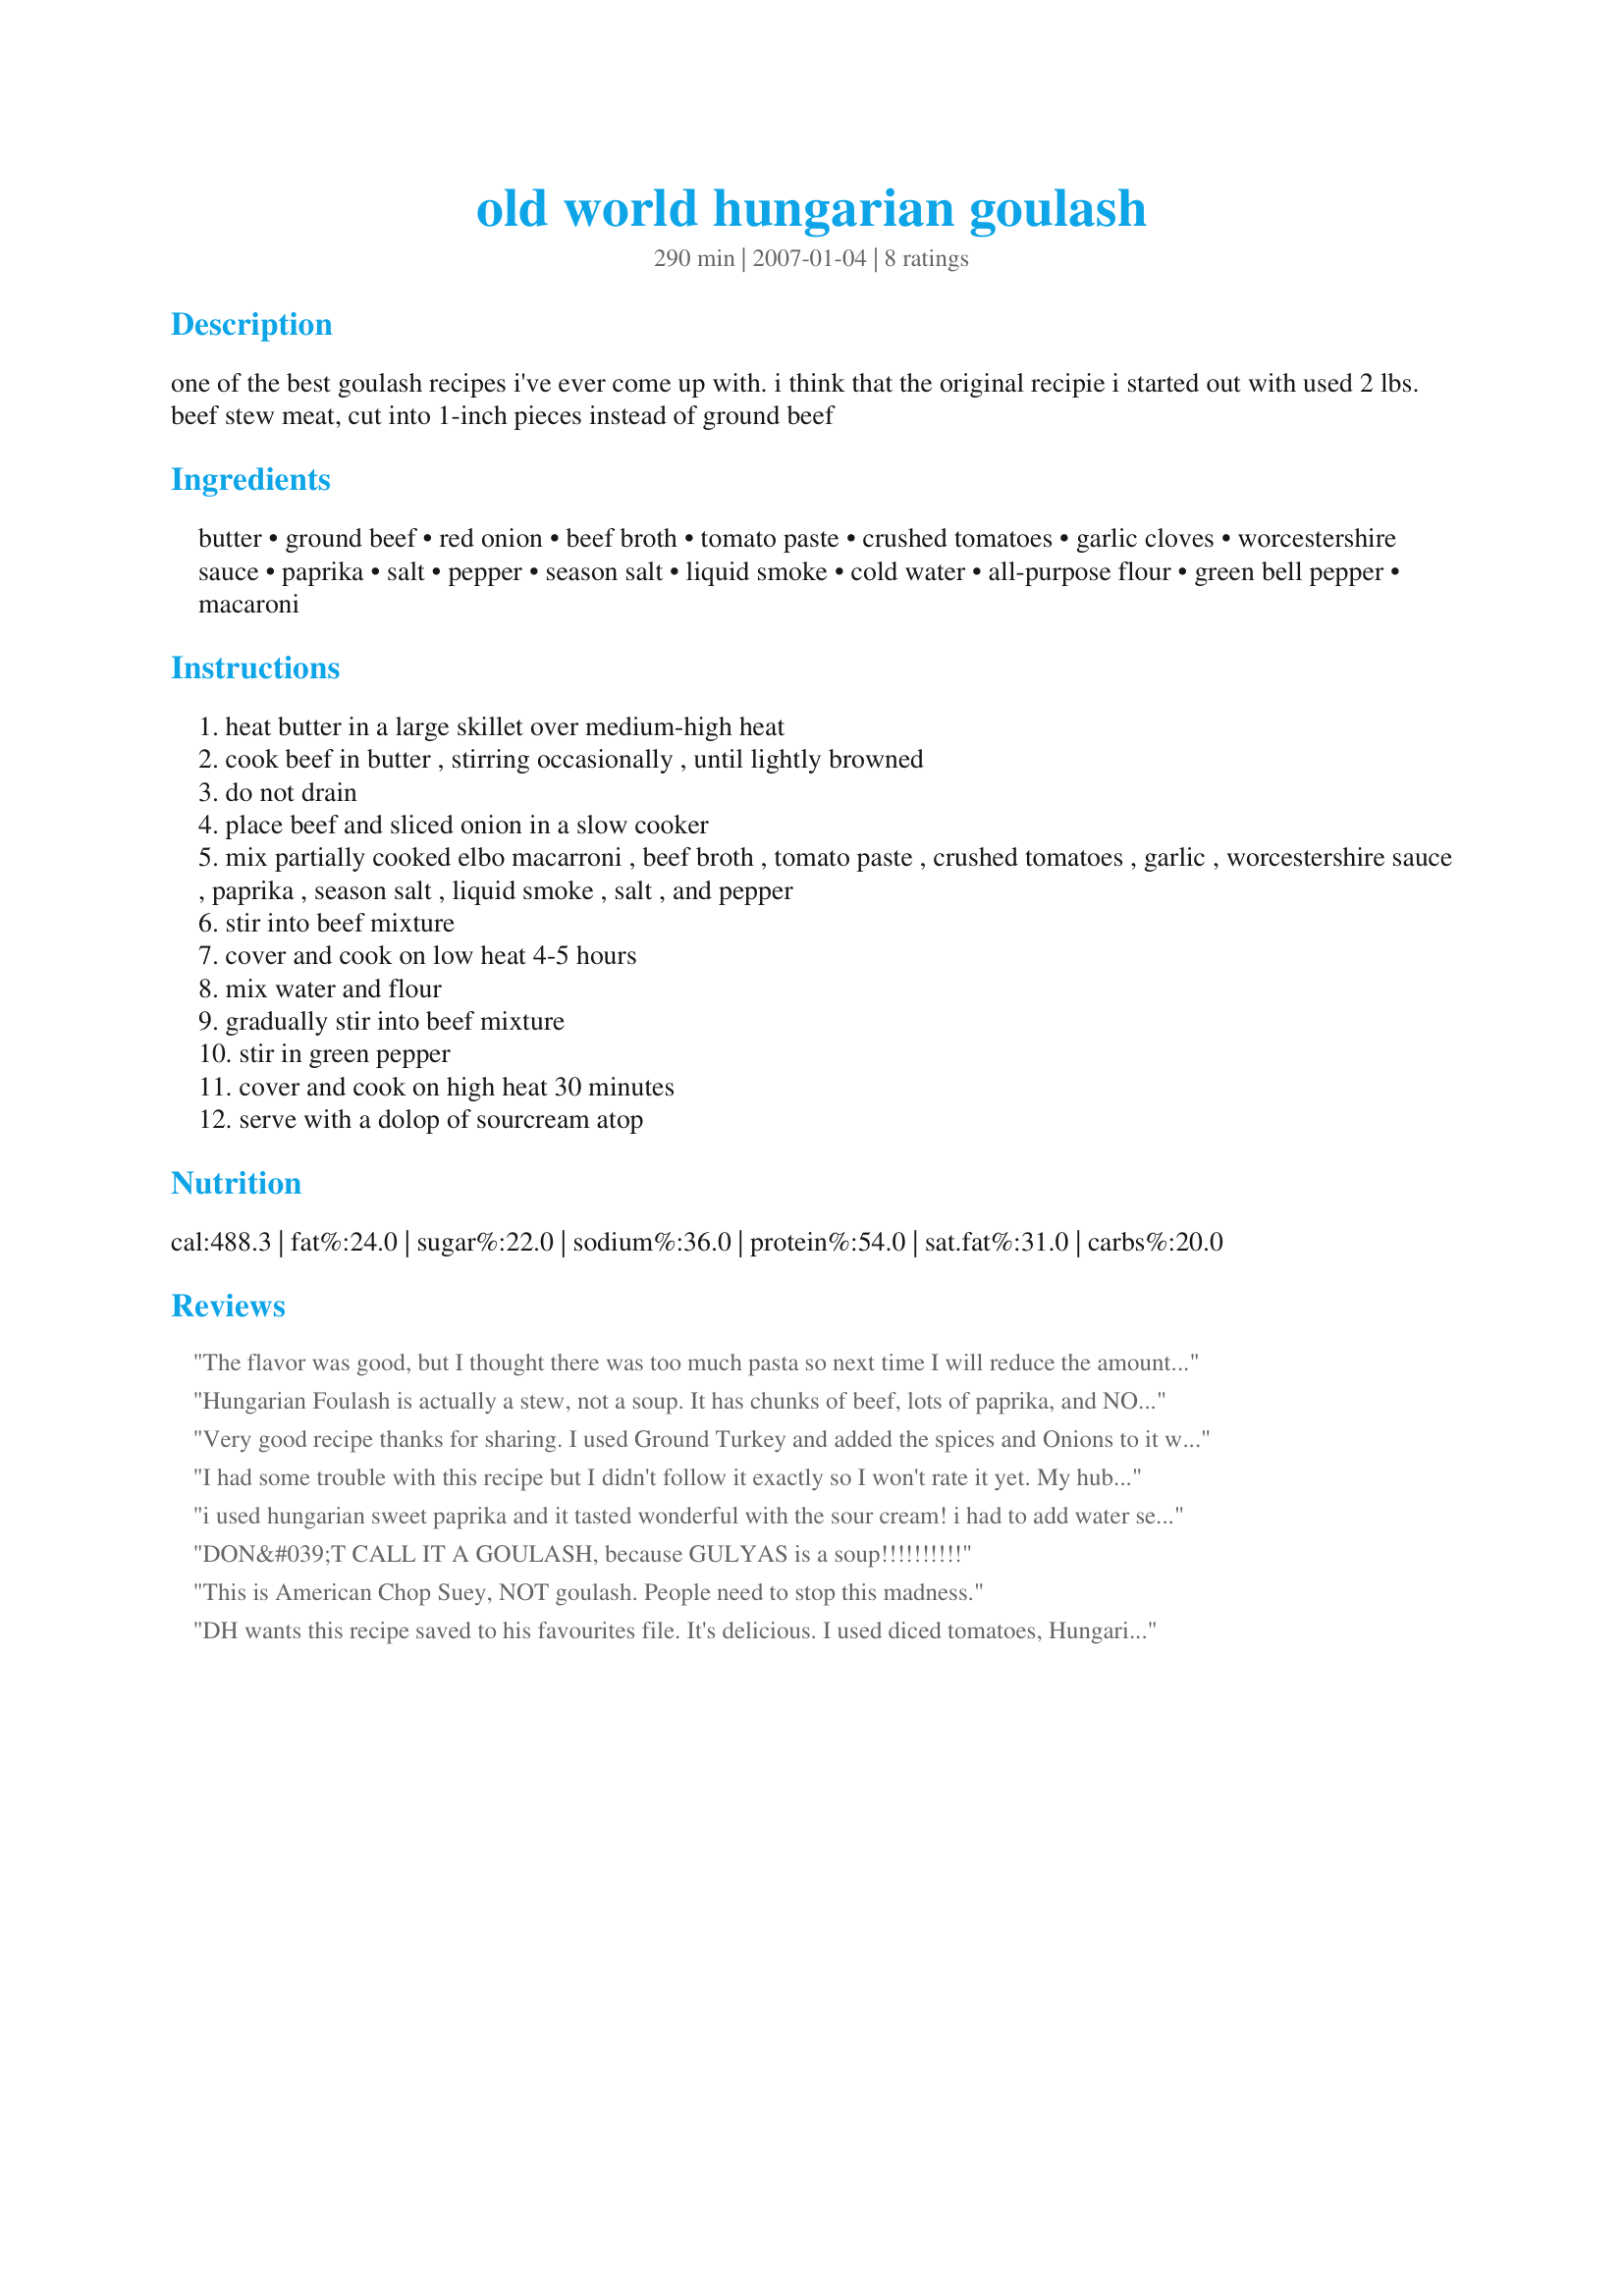
old world hungarian goulash
Preparation time: 290 minutes

one of the best goulash recipes i've ever come up with. i think that the original recipie i started out with used 2 lbs. beef stew meat, cut into 1-inch pieces instead of ground beef

Ingredients:
butter, ground beef, red onion, beef broth, tomato paste, crushed tomatoes, garlic cloves, worcestershire sauce, paprika, salt, pepper, season salt, liquid smoke, cold water, all-purpose flour, green bell pepper, macaroni

Steps:
heat butter in a large skillet over medium-high heat
cook beef in butter , stirring occasionally , until lightly browned
do not drain
place beef and sliced onion in a slow cooker
mix partially cooked elbo macarroni , beef broth , tomato paste , crushed tomatoes , garlic , worcestershire sauce , paprika , season salt , liquid smoke , salt , and pepper
stir into beef mixture
cover and cook on low heat 4-5 hours
mix water and flour
gradually stir into beef mixture
stir in green pepper
cover and cook on high heat 30 minutes
serve with a dolop of sourcream atop

Reviews:
The flavor was good, but I thought there was too much pasta so next time I will reduce the amount by half or so. Thank you.
Hungarian Foulash is actually a stew, not a soup. It has chunks of beef, lots of paprika, and NO tomato products.
Very good recipe thanks for sharing. I used Ground Turkey and added the spices and Onions to it while I browned it. It turned out great. A keeper.
I had some trouble with this recipe but I didn't follow it exactly so I won't rate it yet. My hubby liked the flavors though so I will keep trying. My main problem was I used tiny "cut fideo" noodles. I didn't pre-cook them because they cook in only 3 minutes. I put them in the pot in a layer with the tomatoes on top. I didn't think of stirring them. I cooked the whole thing on high for 2.5 hrs while I was gone. The noodles turned into a mushy, gummy layer. I'm tempted not to add noodles all during cooking and add them at the end, fully cooked. But I will play with it.
Also I was afraid to add salt because I used a bullion cube but it did need more seasoning. Hopefully I will have broth next time and will feel more free to add seasoning salt.
i used hungarian sweet paprika and it tasted wonderful with the sour cream! i had to add water several times during the cooking process even though i cooked the macaroni half-way?HTH
DON&#039;T CALL IT A GOULASH, because GULYAS is a soup!!!!!!!!!!
This is American Chop Suey, NOT goulash. People need to stop this madness.
DH wants this recipe saved to his favourites file. It's delicious. I used diced tomatoes, Hungarian Sweet Paprika and Brown Rice pasta. There wasn't time to cook it in my crockpot so I cooked it in a lidded saucepan on the stove top on very low heat for 2 hours. I added a soup can of red wine because I had an open bottle and I also thought it would need more liquid for the stove top method. Thankyou for sharing this recipe. Made for PAC Fall '08
